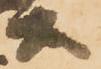
等